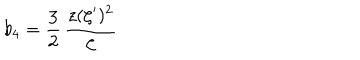
b _ { 4 } = \frac { 3 } { 2 } \, { \frac { z ( \zeta ^ { \prime } ) ^ { 2 } } { \zeta } }